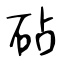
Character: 砧